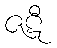
ဇဋီ